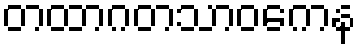
တထာဂတသာဝကေန